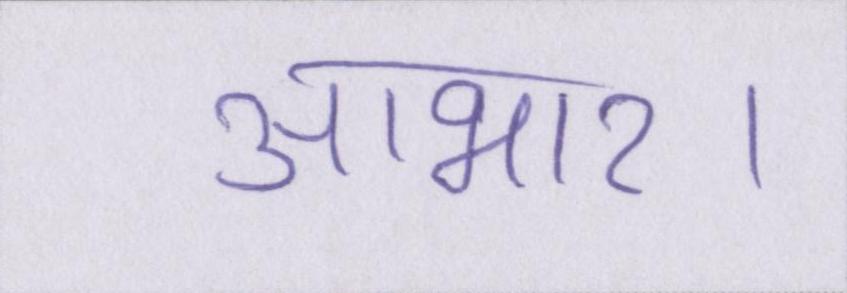
आभार।